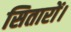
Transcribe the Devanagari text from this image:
सितारों।